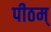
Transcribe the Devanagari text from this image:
पीठम्